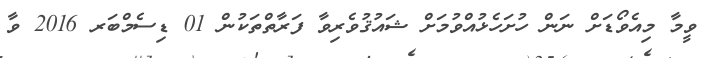
ވީމާ މިއެވޯޑަށް ނަން ހުށަހެޅުއްވުމަށް ޝައުޤުވެރިވާ ފަރާތްތަކުން 01 ޑިސެމްބަރ 2016 ވާ